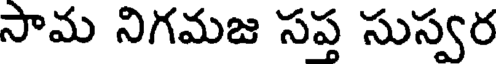
సామ నిగమజ సప్త సుస్వర